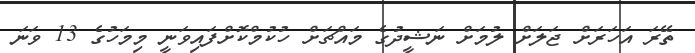
ތޭރަ އަހަރަށް ޖަލަށް ލުމަށް ނަޝީދުގެ މައްޗަށް ހުކުމްކޮށްފައިވަނީ މިމަހުގެ 13 ވަނަ